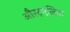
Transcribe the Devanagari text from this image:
औस्ट्एलिया